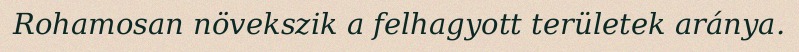
Rohamosan növekszik a felhagyott területek aránya.